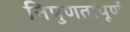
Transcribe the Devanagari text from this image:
निपुणतापूर्ण